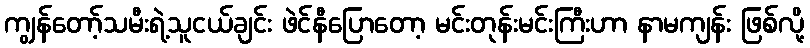
ကျွန်တော့်သမီးရဲ့သူငယ်ချင်း ဖဲင်နီပြောတော့ မင်းတုန်းမင်းကြီးဟာ နာမကျန်း ဖြစ်လို့